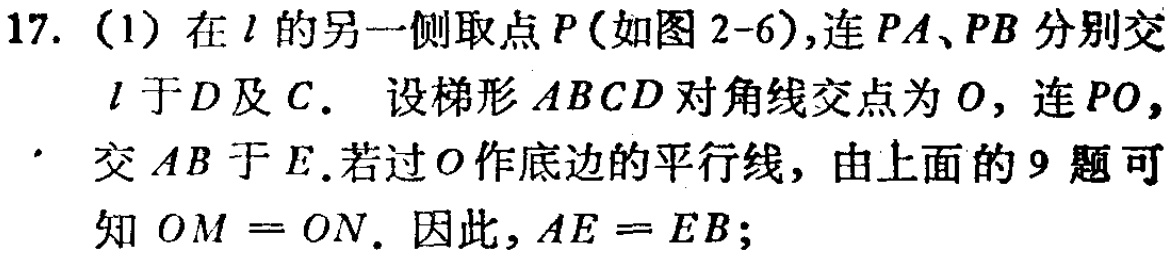
17. (1) 在 \(l\) 的另一侧取点 \(P\) (如图 2-6),连 \(PA\)、\(PB\) 分别交 \(l\) 于 \(D\) 及 \(C\). 设梯形 \(ABCD\) 对角线交点为 \(O\), 连 \(PO\), 交 \(AB\) 于 \(E\).若过 \(O\) 作底边的平行线, 由上面的 9 题可知 \(OM = ON\). 因此, \(AE = EB\);